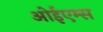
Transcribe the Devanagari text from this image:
ओईएम्स